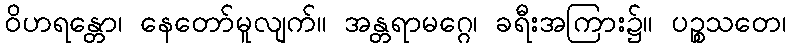
ဝိဟရန္တော၊ နေတော်မူလျက်။ အန္တရာမဂ္ဂေ၊ ခရီးအကြား၌။ ပဉ္စသတေ၊